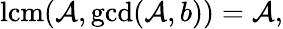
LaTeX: \operatorname{lcm}(\mathcal{A},\operatorname*{gcd}(\mathcal{A},b))=\mathcal{A},